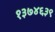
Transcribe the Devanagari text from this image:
१३७४६३९